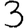
Digit: 3